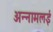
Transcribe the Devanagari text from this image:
अन्‍नामलई